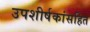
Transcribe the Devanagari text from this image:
उपशीर्षकांसहित